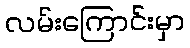
လမ်းကြောင်းမှာ